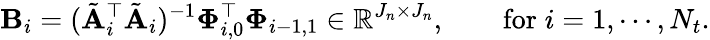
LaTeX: \mathbf{B}_{i}=(\tilde{\mathbf{A}}_{i}^{\top}\tilde{\mathbf{A}}_{i})^{-1}\mathbf{\Phi}_{i,0}^{\top}\mathbf{\Phi}_{i-1,1}\in\mathbb{R}^{J_{n}\times J_{n}},\qquad\mathrm{for}\; i=1,\cdots,N_{t}.